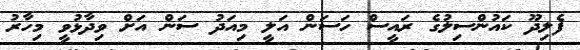
ފެލިދޫ ކައުންސިލުގެ ރައީސް ހަސަން އަލީ މިއަދު ސަން އަށް ވިދާޅުވީ މިހާރު